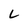
Character: L